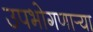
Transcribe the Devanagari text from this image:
उपभोगणार्‍या